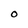
Character: o